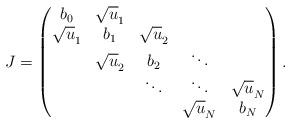
LaTeX: \begin{align*} J= \begin{pmatrix} b_0&\sqrt{u}_1&&& \\ \sqrt{u}_1&b_1&\sqrt{u}_2&& \\ &\sqrt{u}_2&b_2& \ddots & \\ & & \ddots& \ddots & \sqrt{u}_{N} \\ & & &\sqrt{u}_{N} & b_{N} \end{pmatrix}. \end{align*}